Relation of titanus [i.e. tetanus] to the hypodermic or intramuscular injection of quinine - Number 43
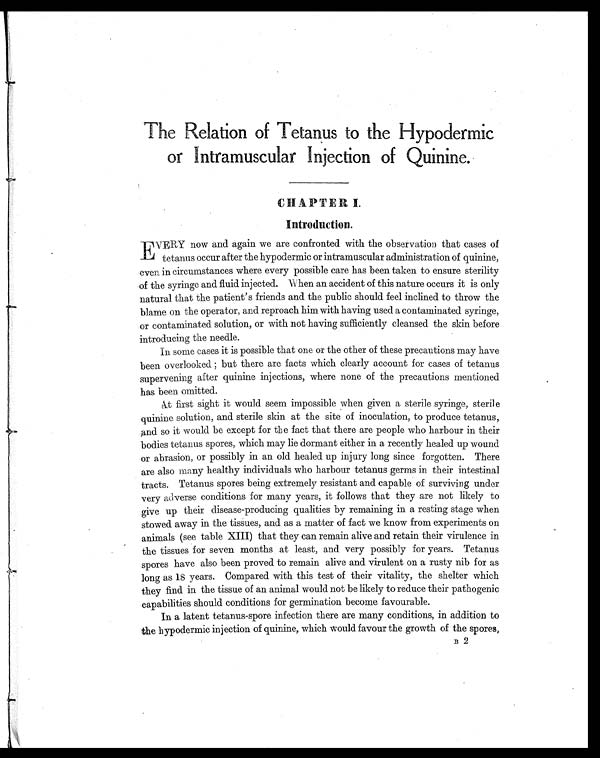
The Relation of Tetanus to the Hypodermic
or Intramuscular Injection of
Quinine.
CHAPTER I.
Introduction.
EVERY now and again we are confronted with the observation that cases of
tetanus occur after the hypodermic or intramuscular administration of quinine,
even in circumstances where every possible care has been taken to ensure sterility
of the syringe and fluid injected. When an accident of this nature occurs it is only
natural that the patient's friends and the public should feel inclined to throw the
blame on the operator, and reproach him with having used a contaminated syringe,
or contaminated solution, or with not having sufficiently cleansed the skin before
introducing the needle.
In some cases it is possible that one or the other of these precautions may have
been overlooked but there are facts which clearly account for cases of tetanus
supervening after quinine injections, where none of the precautions mentioned
has been omitted.
At first sight it would seem impossible when given a sterile syringe, sterile
quinine solution, and sterile skin at the site of inoculation, to produce tetanus,
and so it would be except for the fact that there are people who harbour in their
bodies tetanus spores, which may lie dormant either in a recently- healed up wound
or abrasion, or possibly in an old healed up injury long since forgotten. There
are also many healthy individuals who harbour tetanus germs in their intestinal
tracts. Tetanus spores being extremely resistant and capable of surviving under
very adverse conditions for many years, it follows that they are not likely to
give up their disease-producing qualities by remaining in a resting stage when
stowed away in the tissues, and as a matter of fact we know from experiments on
animals (see table XIII) that they can remain alive and retain their virulence in
the tissues for seven months at least, and very possibly for years. Tetanus
spores have also been proved to remain alive and virulent on a rusty nib for as
long as 18 years. Compared with this test of their vitality, the shelter which
they find in the tissue of an animal would not be likely to reduce their pathogenic
capabilities should conditions for germination become favourable.
In a latent tetanus-spore infection there are many conditions, in addition to
the hypodermic injection of quinine, which would favour the growth of the spores,
B 2